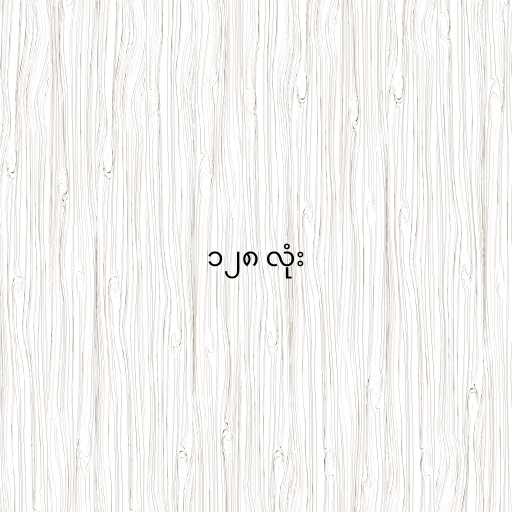
၁၂၈ လုံး